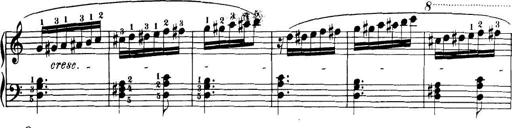
Title: 32 Sonatinas and Rondos for the Piano
Composer: Richard Kleinmichel